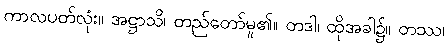
ကာလပတ်လုံး။ အဋ္ဌာသိ၊ တည်တော်မူ၏။ တဒါ၊ ထိုအခါ၌။ တဿ၊